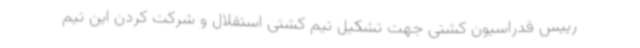
رییس فدراسیون کشتی جهت تشکیل تیم کشتی استقلال و شرکت کردن این تیم